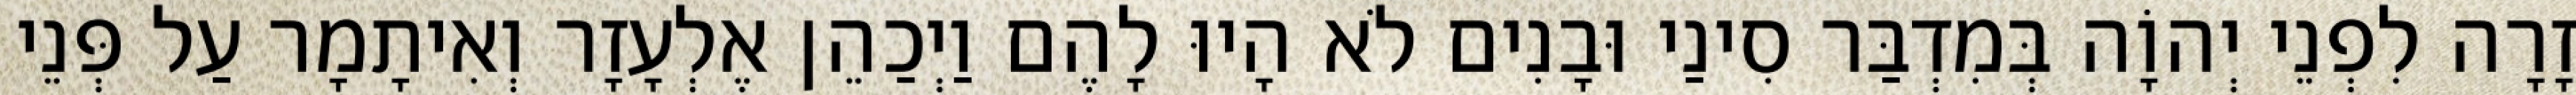
זָרָה לִפְנֵי יְהוָֹה בְּמִדְבַּר סִינַי וּבָנִים לֹא הָיוּ לָהֶם וַיְכַהֵן אֶלְעָזָר וְאִיתָמָר עַל פְּנֵי